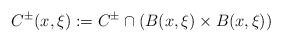
\begin{align*}C^\pm(x,\xi):=C^\pm\cap (B(x,\xi)\times B(x,\xi))\end{align*}